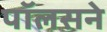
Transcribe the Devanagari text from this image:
पॉलसने